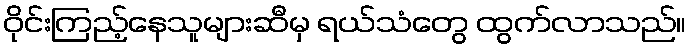
ဝိုင်းကြည့်နေသူများဆီမှ ရယ်သံတွေ ထွက်လာသည်။